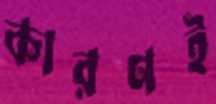
কারণই